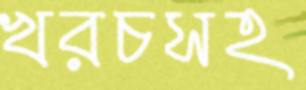
খরচসহ